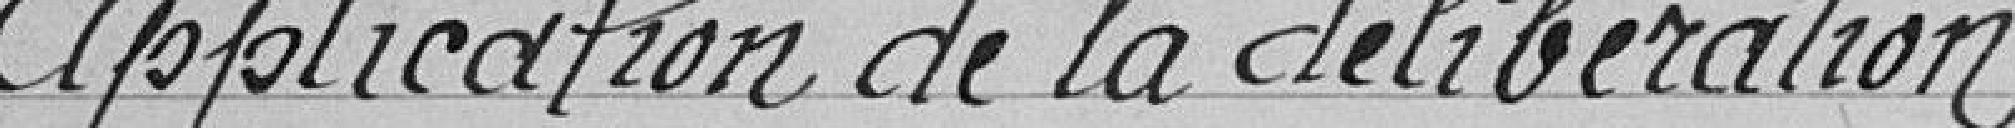
Application de la délibération